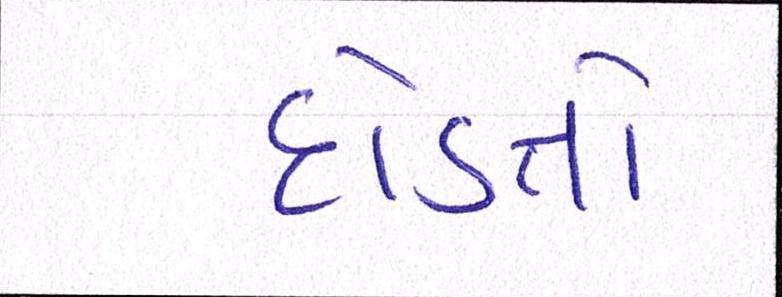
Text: દોડતો